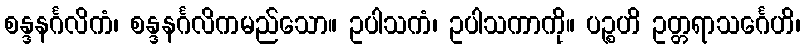
စန္ဒနင်္ဂလိကံ၊ စန္ဒနင်္ဂလိကမည်သော။ ဥပါသကံ၊ ဥပါသကာကို။ ပဉ္စဟိ ဥတ္တရာသင်္ဂေဟိ၊